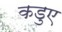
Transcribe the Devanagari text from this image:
कडुए